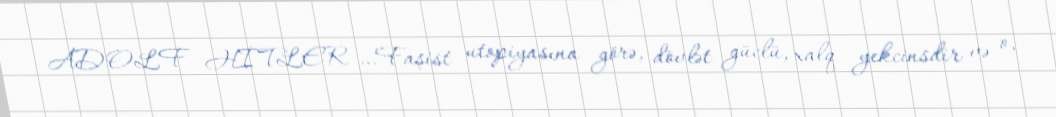
ADOLF HİTLER …Faşist utopiyasına görə, dövlət güclü, xalq yekcinsdir və o,